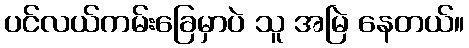
ပင်လယ်ကမ်းခြေမှာပဲ သူ အမြဲ နေတယ်။